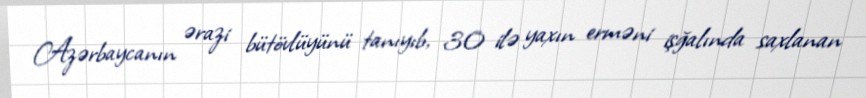
Azərbaycanın ərazi bütövlüyünü tanıyıb, 30 ilə yaxın erməni işğalında saxlanan